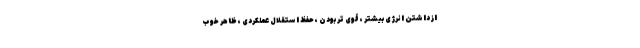
از داشتن انرژی بیشتر ، قوی تر بودن ، حفظ استقلال عملکردی ، ظاهر خوب